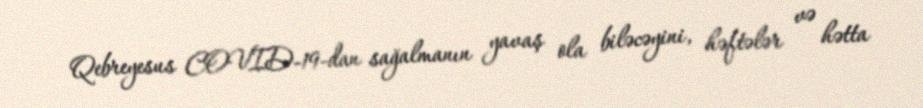
Qebreyesus COVID-19-dan sağalmanın yavaş ola biləcəyini, həftələr və hətta